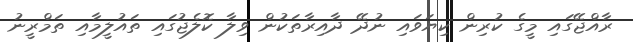
ރާއްޖޭގައި މީގެ ކުރިން ކިޔަވައި ނުދޭ ދާއިރާތަކުން ވިލާ ކޮލެޖުގައި ތައުލީމާއި ތަމްރީނު